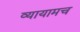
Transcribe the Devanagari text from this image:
व्यायामच